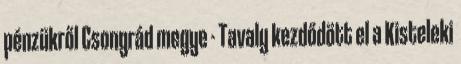
pénzükről Csongrád megye - Tavaly kezdődött el a Kisteleki